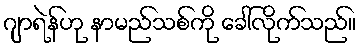
ဂျာရဲန်ဟု နာမည်သစ်ကို ခေါ်လိုက်သည်။